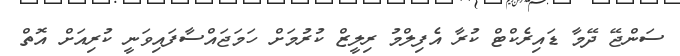
ސަންޖޭ ދޭމާ ޑައިރެކްޓް ކުރާ އެފިލްމު ރިލީޒް ކުރުމަށް ހަމަޖައްސާފައިވަނީ ކުރިއަށް އޮތް